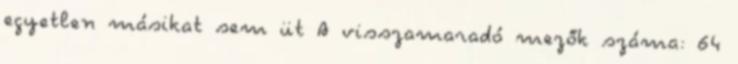
egyetlen másikat sem üt A visszamaradó mezők száma: 64